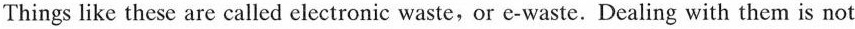
Things like these are called electronic waste,or c-waste.Dealing with them is not